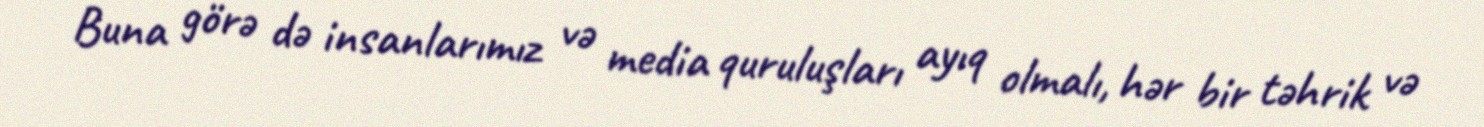
Buna görə də insanlarımız və media quruluşları ayıq olmalı, hər bir təhrik və